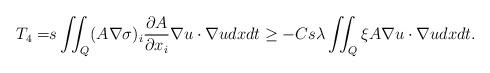
LaTeX: \begin{align*}\begin{aligned}T_4 =&s \iint_{Q} (A\nabla \sigma)_i \frac{\partial A}{\partial x_i} \nabla u \cdot \nabla u dx dt\ge -C s \lambda \iint_Q \xi A \nabla u \cdot \nabla u dx dt.\end{aligned}\end{align*}